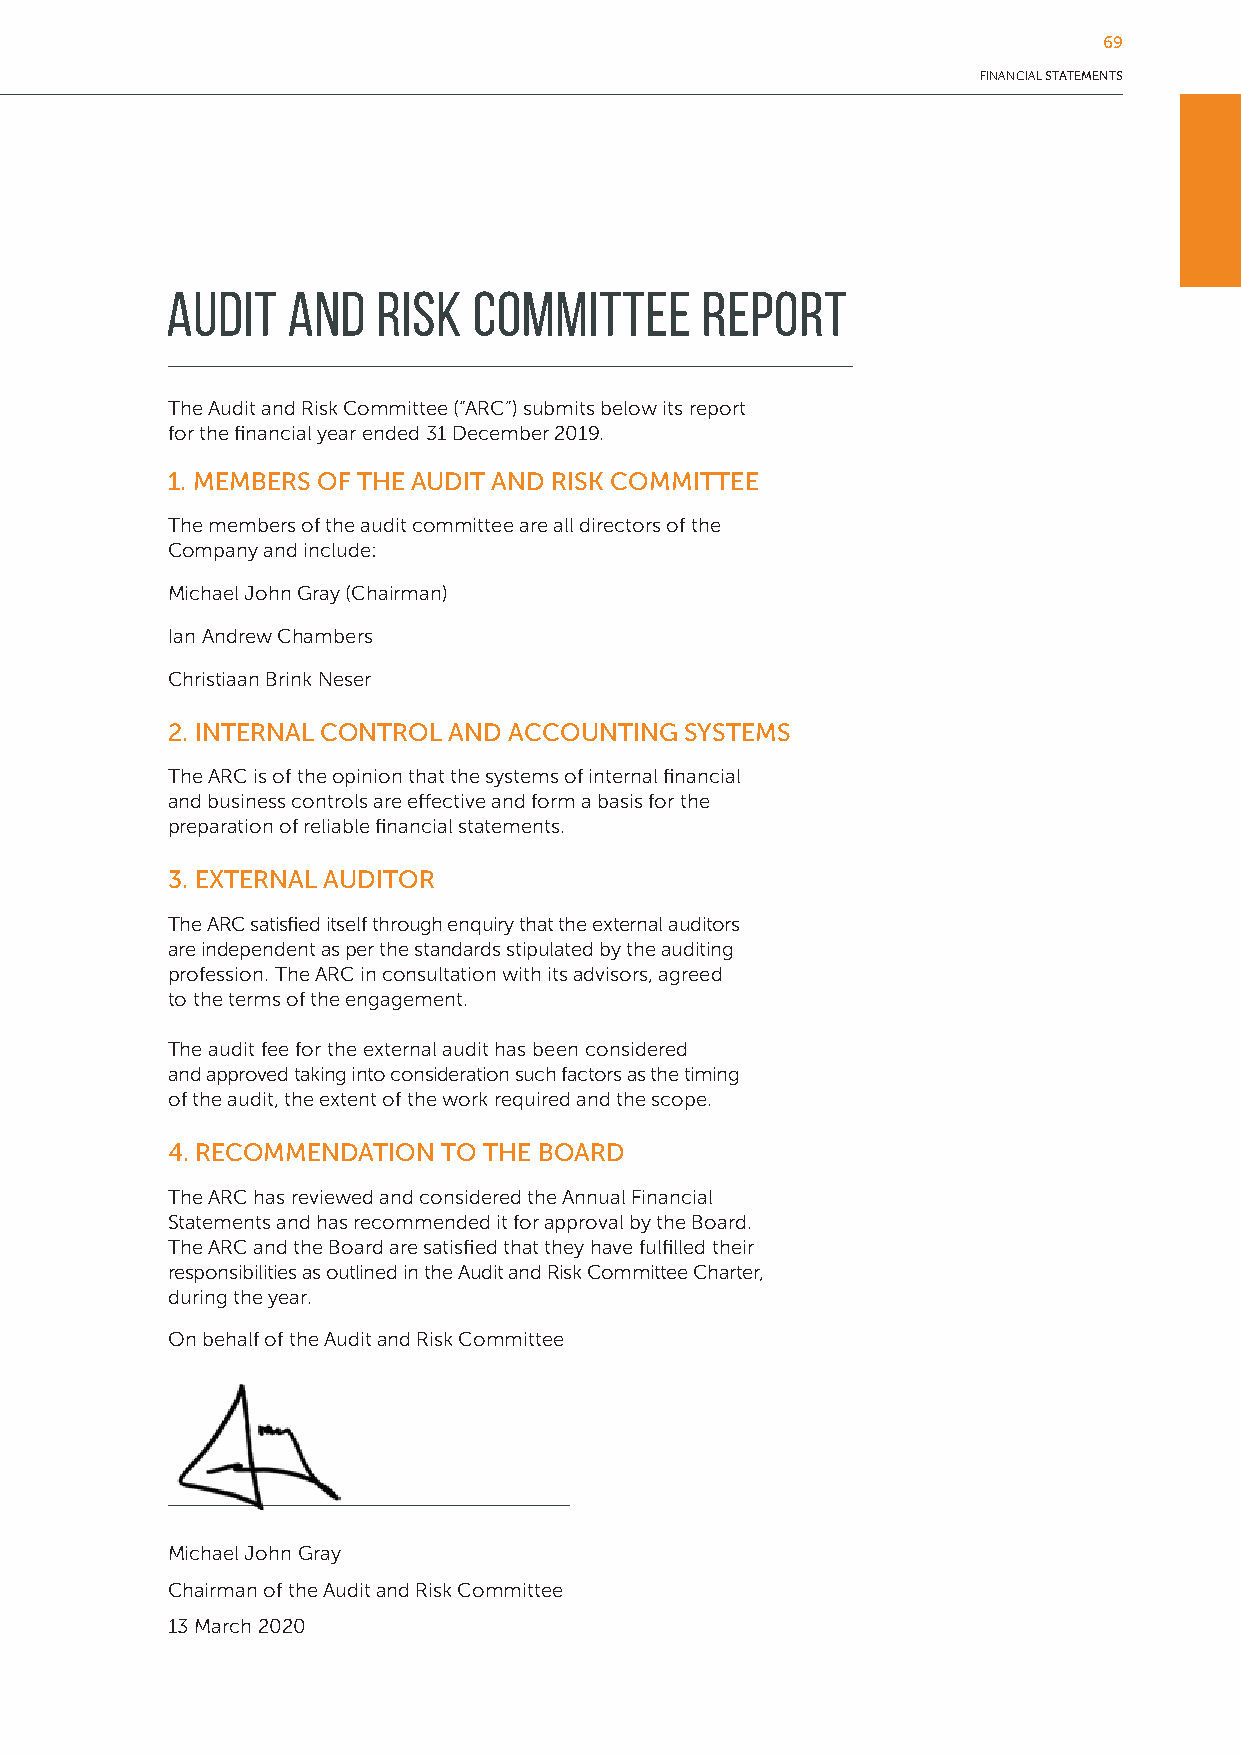
69
 FINANCIAL STATEMENTS
 Audit   and   Risk  Committee      Report
 The Audit and Risk Committee (“ARC”) submits below its report
 for the financial year ended 31 December 2019.
 1. MEMBERS OF THE AUDIT AND RISK COMMITTEE
 The members of the audit committee are all directors of the
 Company and include:
 Michael John Gray (Chairman)
 Ian Andrew Chambers
 Christiaan Brink Neser
 2. INTERNAL CONTROL AND ACCOUNTING SYSTEMS
 The ARC is of the opinion that the systems of internal financial
 and business controls are effective and form a basis for the
 preparation of reliable financial statements.
 3. EXTERNAL AUDITOR
 The ARC satisfied itself through enquiry that the external auditors
 are independent as per the standards stipulated by the auditing
 profession. The ARC in consultation with its advisors, agreed
 to the terms of the engagement.
 The audit fee for the external audit has been considered
 and approved taking into consideration such factors as the timing
 of the audit, the extent of the work required and the scope.
 4. RECOMMENDATION TO THE BOARD
 The ARC has reviewed and considered the Annual Financial
 Statements and has recommended it for approval by the Board.
 The ARC and the Board are satisfied that they have fulfilled their
 responsibilities as outlined in the Audit and Risk Committee Charter,
 during the year.
 On behalf of the Audit and Risk Committee
 Michael John Gray
 Chairman of the Audit and Risk Committee
 13 March 2020